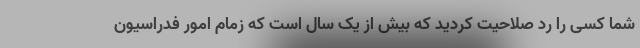
شما کسی را رد صلاحیت کردید که بیش از یک سال است که زمام امور فدراسیون